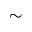
\sim